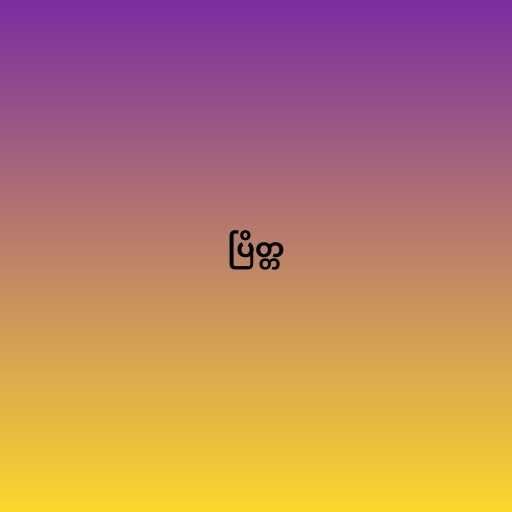
ပြိတ္တ